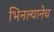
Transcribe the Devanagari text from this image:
भिनल्यानेच